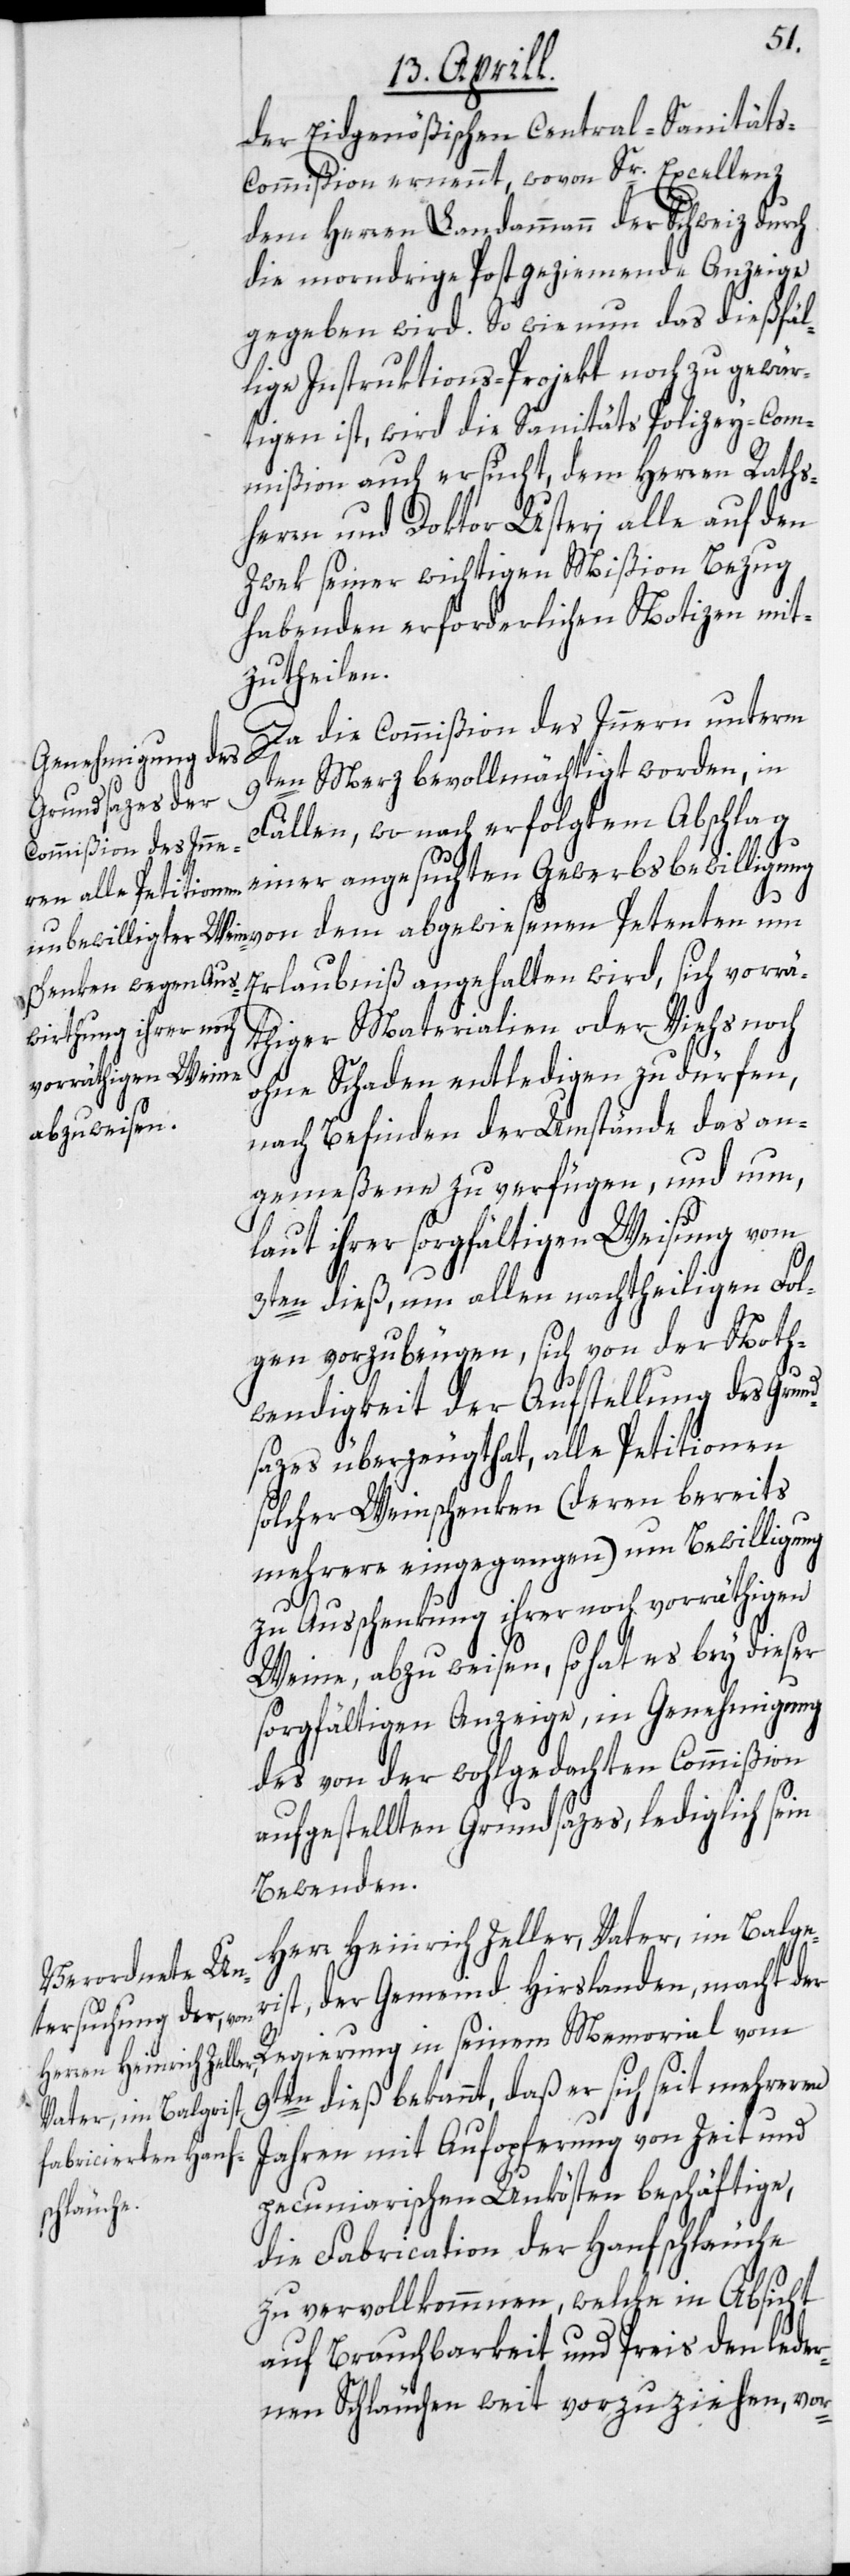
der Eidgenößischen Central-Sanität¬
s-Commißion ernennt, wovon Sr. Excellenz
dem Herren Landammann der Schweiz durch
die morndrige Post geziemende Anzeige
gegeben wird. So wie nun das dießfäl¬
lige Instruktions-Projekt noch zu gewär¬
tigen ist, wird die Sanitäts-Polizey-Com¬
mißion auch ersucht, dem Herren Raths¬
herrn und Doktor Usteri alle auf den
Zwek seiner wichtigen Mißion Bezug
habenden erforderlichen Notizen mit¬
zutheilen.
Da die Commißion des Innern unterm
9ten Merz bevollmächtigt worden, in
Fällen, wo nach erfolgtem Abschlag
einer angesuchten Gewerbsbewilligung
Erlaubniß angehalten wird, sich vorrä¬
thiger Materialien oder Viehs noch
ohne Schaden entledigen zu dürfen,
abgewiesenen
nach Befinden der Umstände das an¬
gemeßene zu verfügen, und nun,
laut ihrer sorgfältigen Weisung vom
3ten dieß, um allen nachtheiligen Fol¬
gen vorzubeugen, sich von der Noth¬
wendigkeit der Aufstellung des Grund¬
sazes überzeugt hat, alle Petitionen
solcher Weinschenken (deren bereits
mehrere eingegangen) um Bewilligung
zu Ausschenkung ihrer noch vorräthigen
Weine, abzuweisen, so hat es bey dieser
sorgfältigen Anzeige, in Genehmigung
des von der wohlgedachten Commißion
aufgestellten Grundsazes, lediglich sein
Bewenden.
Herr Heinrich Zeller, Vater, im Balge¬
rist, der Gemeind Hirslanden, macht der
Regierung in seinem Memorial vom
9ten dieß bekannt, daß er sich seit mehreren
Jahren mit Aufopferung von Zeit und
pecuniarischen Unkösten beschäftige,
die Fabrication der Hanfschläuche
zu vervollkommnen, welche in Absicht
auf Brauchbarkeit und Preis den leder¬
nen Schläuchen weit vorzuziehen, vor-